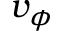
v _ { \phi }